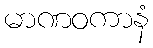
မာဏဝကာနံ